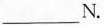
___N.